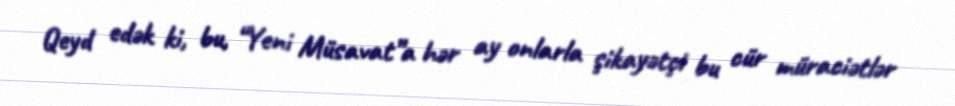
Qeyd edək ki, bu, “Yeni Müsavat”a hər ay onlarla şikayətçi bu cür müraciətlər